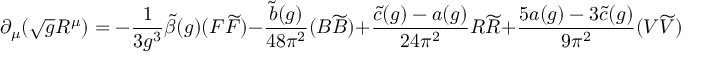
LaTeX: \partial _ { \mu } ( \sqrt { g } R ^ { \mu } ) = - \frac { 1 } { 3 g ^ { 3 } } \widetilde { \beta } ( g ) ( F \widetilde { F } ) - \frac { \tilde { b } ( g ) } { 4 8 \pi ^ { 2 } } ( B \widetilde { B } ) + \frac { \tilde { c } ( g ) - a ( g ) } { 2 4 \pi ^ { 2 } } R \widetilde { R } + \frac { 5 a ( g ) - 3 \tilde { c } ( g ) } { 9 \pi ^ { 2 } } ( V \widetilde { V } )